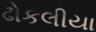
ઢોકલીયા